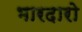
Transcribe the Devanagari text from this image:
भारदारो